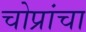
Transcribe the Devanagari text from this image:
चोप्रांचा